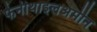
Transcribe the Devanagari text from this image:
फेनीथाइलअमीन